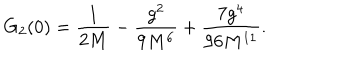
G _ { 2 } ( 0 ) = { \frac { 1 } { 2 M } } - { \frac { g ^ { 2 } } { 9 M ^ { 6 } } } + { \frac { 7 g ^ { 4 } } { 9 6 M ^ { 1 1 } } } .